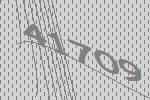
41709